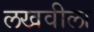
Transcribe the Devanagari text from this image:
लखवीला